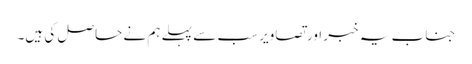
جناب یہ خبر اور تصاویر سب سے پہلے ہم نے حاصل کی ہیں۔